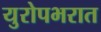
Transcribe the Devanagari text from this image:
युरोपभरात